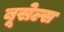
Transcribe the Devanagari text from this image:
बूसेल्स